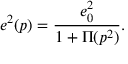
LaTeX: e ^ { 2 } ( p ) = \frac { e _ { 0 } ^ { 2 } } { 1 + \Pi ( p ^ { 2 } ) } .